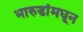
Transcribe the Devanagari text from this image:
भारुडांमधून